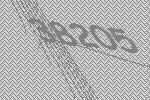
38205